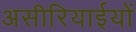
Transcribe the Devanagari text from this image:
असीरियाईयों